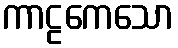
ကာဠကေသော